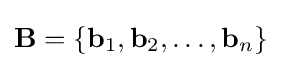
\mathbf {B} =\{\mathbf {b} _{1},\mathbf {b} _{2},\dots ,\mathbf {b} _{n}\}